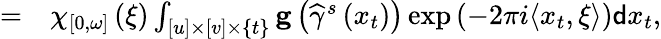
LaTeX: \begin{array}{rl}{=}&{{}\chi_{\left[0,\omega\right]}\left(\xi\right)\int_{\left[u\right]\times\left[v\right]\times\{ t\} }\mathbf{g}\left(\widehat{\gamma}^{s}\left(x_{t}\right)\right)\exp\left(-2\pi i\langle x_{t},\xi\rangle\right)\mathsf{d}x_{t},}\end{array}